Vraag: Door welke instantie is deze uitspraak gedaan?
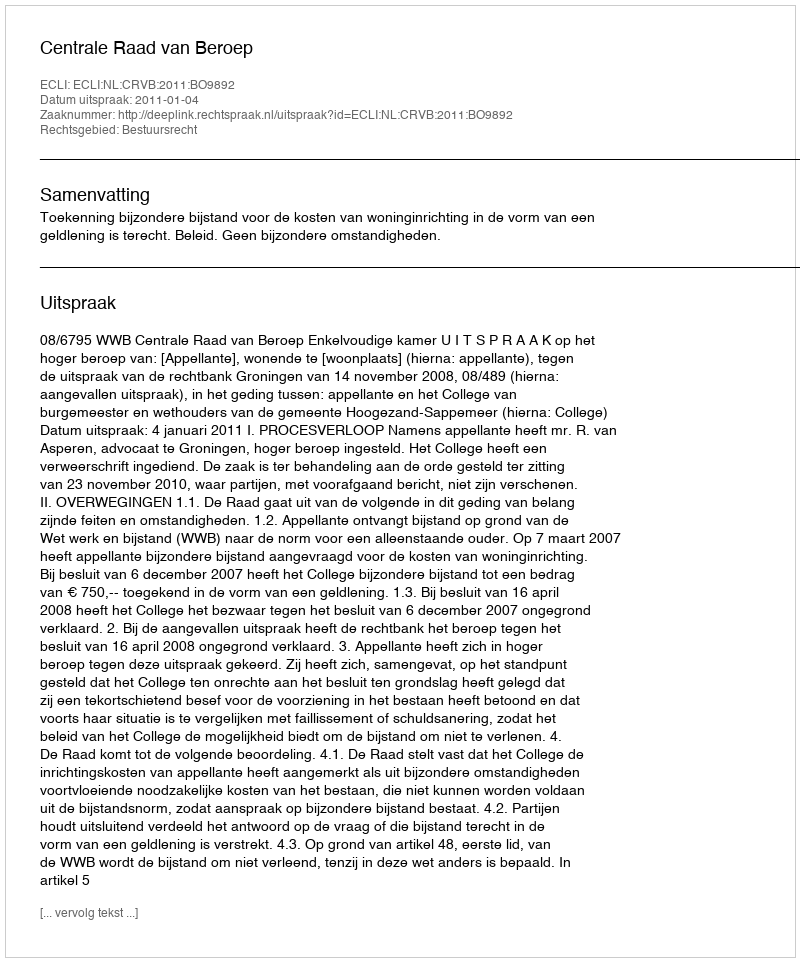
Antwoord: Centrale Raad van Beroep